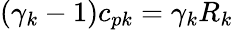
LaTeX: (\gamma_{k}-1)c_{pk}=\gamma_{k}R_{k}